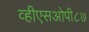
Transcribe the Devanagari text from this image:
व्हीएसओपी८७